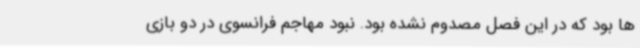
ها بود که در این فصل مصدوم نشده بود. نبود مهاجم فرانسوی در دو بازی